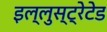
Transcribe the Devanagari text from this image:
इल्लुस्ट्रेटेड